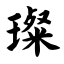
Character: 璨